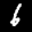
Label: 6